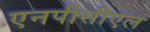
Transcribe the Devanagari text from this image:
एनपीसीएल